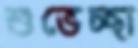
শুভেচ্ছা